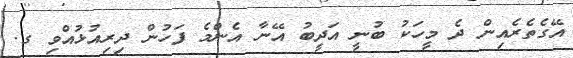
އޭގެތެރެއިން ދެ މީހަކު ބުނީ އަދީބު އޭނާ އެންމެ ފަހުން ދިރިއުޅުއްވި ގ.